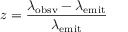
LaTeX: z = { \frac { \lambda _ { \mathrm { o b s v } } - \lambda _ { \mathrm { e m i t } } } { \lambda _ { \mathrm { e m i t } } } }